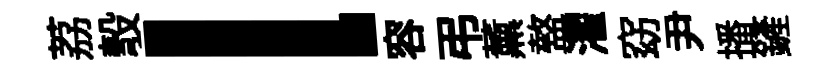
荔彀l容弔薰盩濯窈尹播鏟